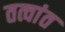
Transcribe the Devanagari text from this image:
तत्वांत